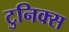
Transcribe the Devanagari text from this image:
टुनिक्स